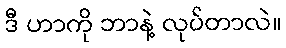
ဒီ ဟာကို ဘာနဲ့ လုပ်တာလဲ။